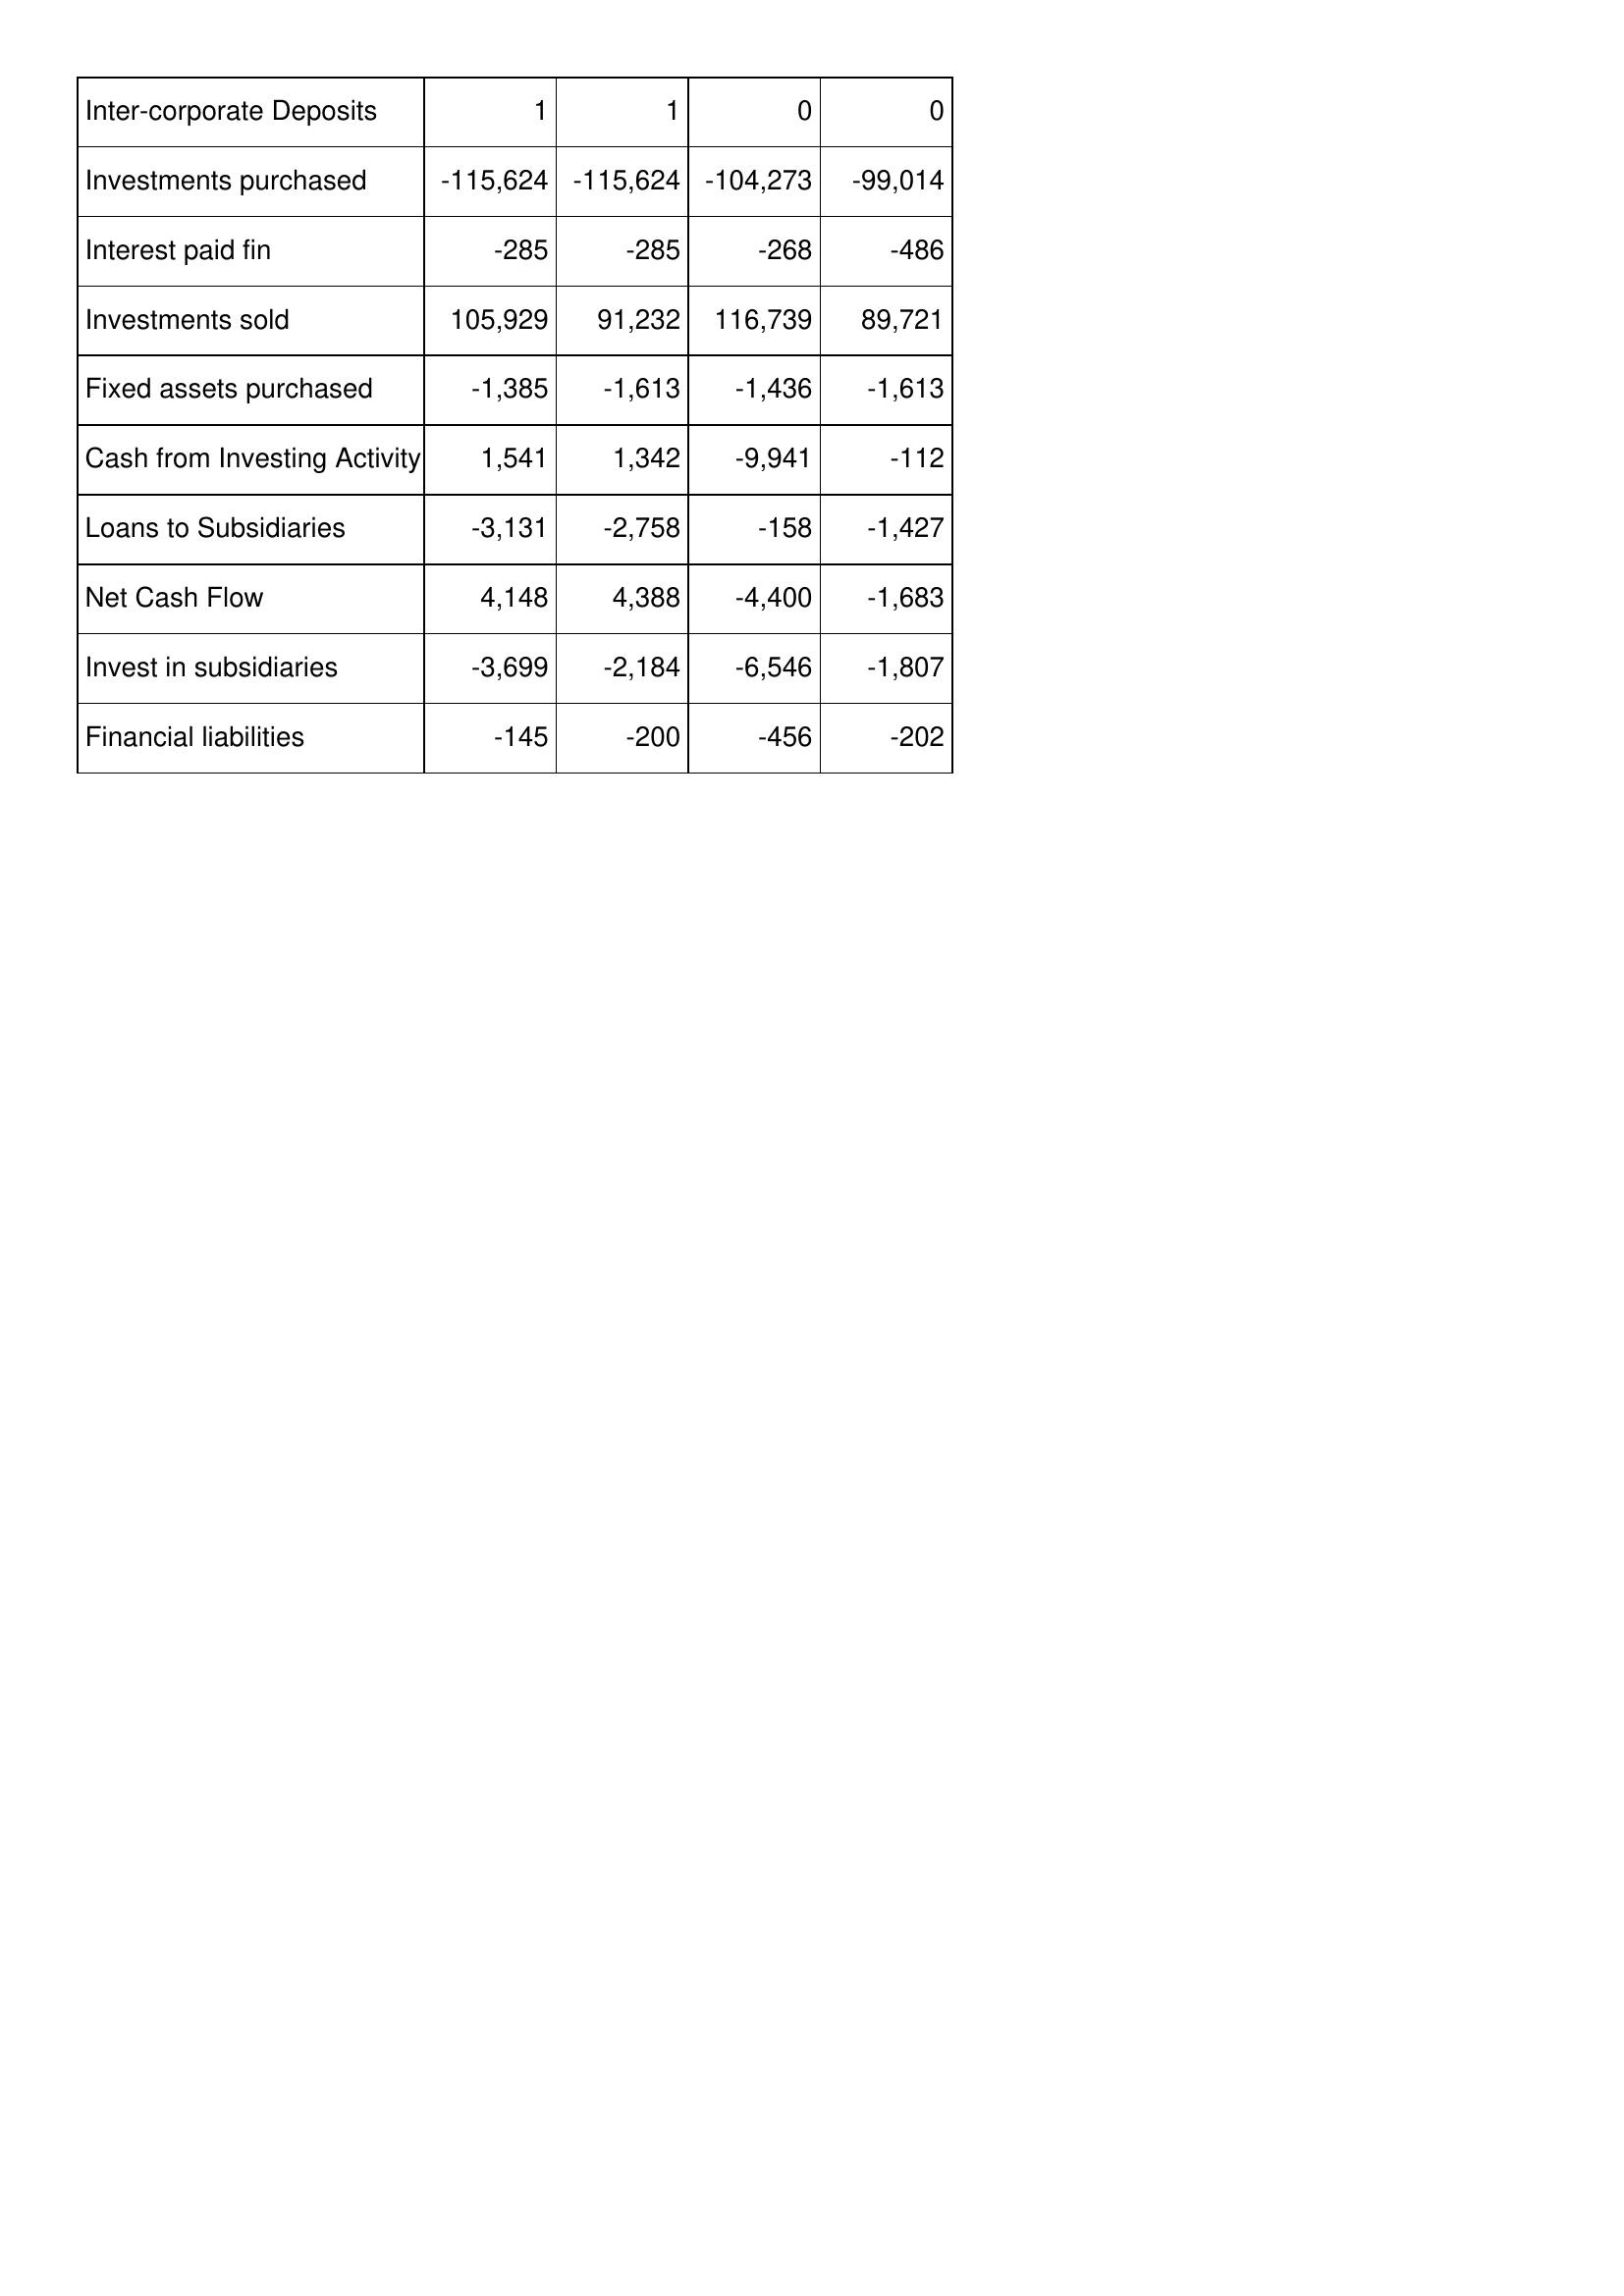
Apr-02: Cash Flows: Inter-corporate Deposits: 1
Investments purchased: -115,624
Interest paid fin: -285
Investments sold: 105,929
Fixed assets purchased: -1,385
Cash from Investing Activity: 1,541
Loans to Subsidiaries: -3,131
Net Cash Flow: 4,148
Invest in subsidiaries: -3,699
Financial liabilities: -145
Apr-01: Cash Flows: Inter-corporate Deposits: 1
Investments purchased: -115,624
Interest paid fin: -285
Investments sold: 91,232
Fixed assets purchased: -1,613
Cash from Investing Activity: 1,342
Loans to Subsidiaries: -2,758
Net Cash Flow: 4,388
Invest in subsidiaries: -2,184
Financial liabilities: -200
Apr-00: Cash Flows: Inter-corporate Deposits: 0
Investments purchased: -104,273
Interest paid fin: -268
Investments sold: 116,739
Fixed assets purchased: -1,436
Cash from Investing Activity: -9,941
Loans to Subsidiaries: -158
Net Cash Flow: -4,400
Invest in subsidiaries: -6,546
Financial liabilities: -456
Apr-99: Cash Flows: Inter-corporate Deposits: 0
Investments purchased: -99,014
Interest paid fin: -486
Investments sold: 89,721
Fixed assets purchased: -1,613
Cash from Investing Activity: -112
Loans to Subsidiaries: -1,427
Net Cash Flow: -1,683
Invest in subsidiaries: -1,807
Financial liabilities: -202